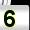
Digit: 5